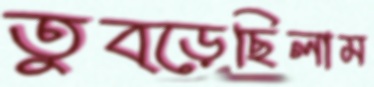
তুব্‌ড়েছিলাম